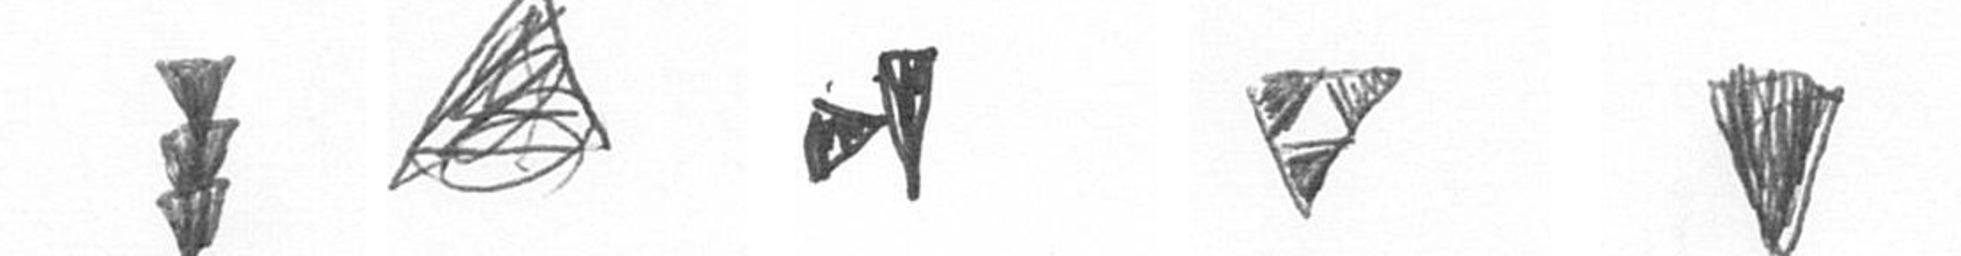
E O M S J